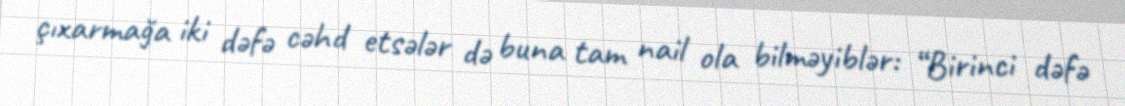
çıxarmağa iki dəfə cəhd etsələr də buna tam nail ola bilməyiblər: “Birinci dəfə